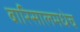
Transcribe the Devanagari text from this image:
बारिसालमधेच